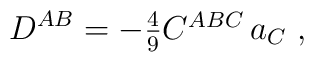
D^{AB} = -\textstyle{\frac{4}{9}} C^{ABC}\,a_C\ ,